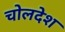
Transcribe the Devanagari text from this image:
चोलदेश